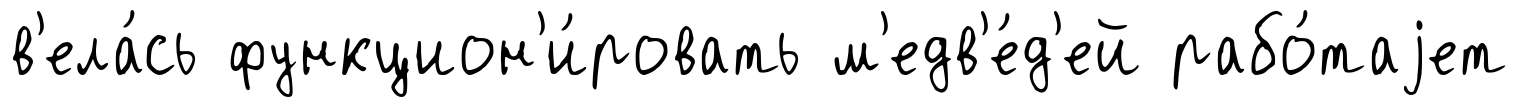
в'ела́сь функцион'и́ровать м'едв'е́д'ей рабо́таjет